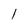
Character: l